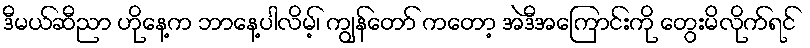
ဒီမယ်ဆီညာ ဟိုနေ့က ဘာနေ့ပါလိမ့်၊ ကျွန်တော် ကတော့ အဲဒီအကြောင်းကို တွေးမိလိုက်ရင်